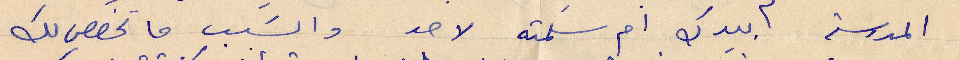
المدرسة ابيدك ام سلمته لاحد والسبب ما تخصص لك